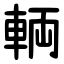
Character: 輌